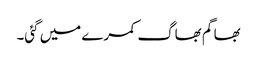
بھاگم بھاگ کمرے میں گئی۔